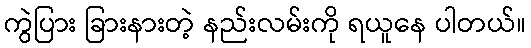
ကွဲပြား ခြားနားတဲ့ နည်းလမ်းကို ရယူနေ ပါတယ်။